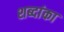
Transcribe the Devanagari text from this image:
शब्दांका